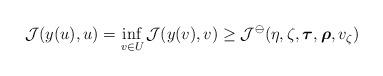
LaTeX: \begin{align*} \begin{aligned} \mathcal{J}(y(u),u) = \inf_{v \in U_{}} \mathcal{J}(y(v),v) \geq \mathcal{J}^\ominus(\eta,{\zeta},\boldsymbol{\tau},\boldsymbol{\rho},v_{\zeta}) \end{aligned}\end{align*}